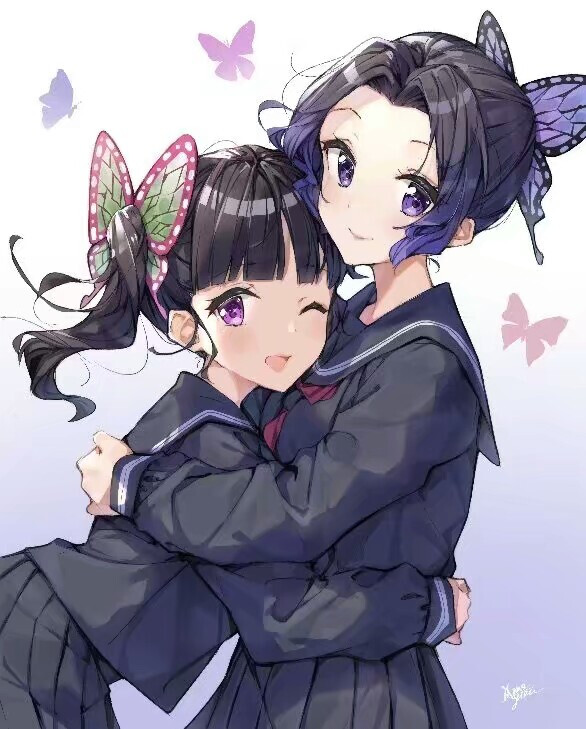
火冷灯稀霜露下，昏昏雪意云垂野。